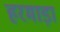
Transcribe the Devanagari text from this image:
हरमाड़ा